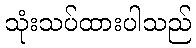
သုံးသပ်ထားပါသည်